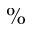
\%